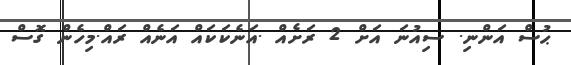
ޙުސް އަންނި. ސިއުނަ އަށް 2 ރަށެއް .އަނެކަކައް އަނެއް ރައް.މިހެން ގޮސް